Calcutta medical institutions reports 1879-81 [i.e.91]
Year: 1879
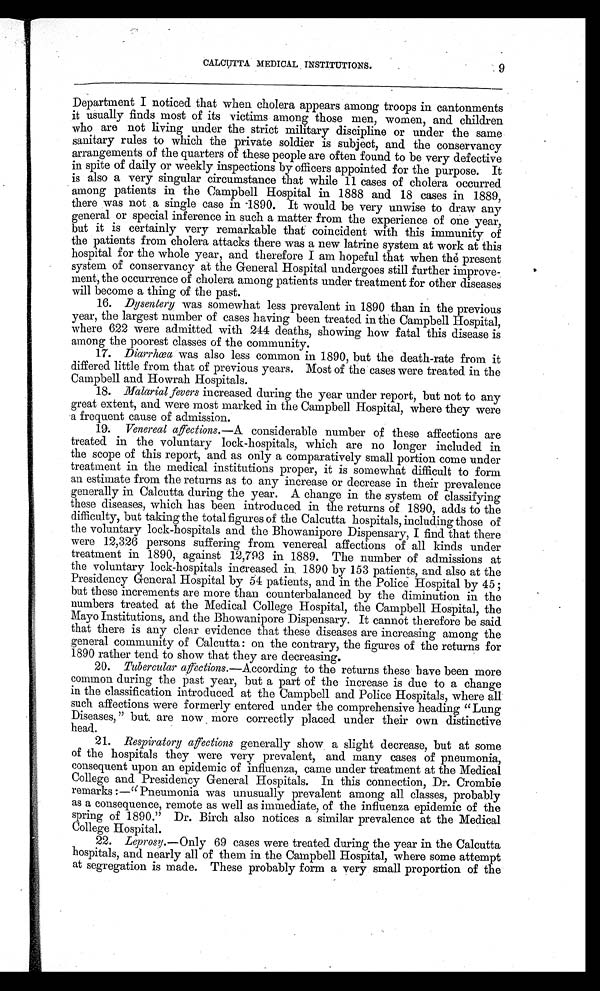
CALCUTTA MEDICAL INSTITUTIONS.
9
Department I noticed that when cholera appears among troops in cantonments
it usually finds most of its victims among those men, women, and children
who are not living under the strict military discipline or under the same
sanitary rules to which the private soldier is subject, and the conservancy
arrangements of the quarters of these people are often found to be very defective
in spite of daily or weekly inspections by officers appointed for the purpose. It
is also a very singular circumstance that while 11 cases of cholera occurred
among patients in the Campbell Hospital in 1888 and 18 cases in 1889,
there was not a single case in 1890. It would be very unwise to draw any
general or special inference in such a matter from the experience of one year,
but it is certainly very remarkable that coincident with this immunity of
the patients from cholera attacks there was a new latrine system at work at this
hospital for the whole year, and therefore I am hopeful that when the present
system of conservancy at the General Hospital undergoes still further improve-
ment, the occurrence of cholera among patients under treatment for other diseases
will become a thing of the past.
16. Dysentery was somewhat less prevalent in 1890 than in the previous
year, the largest number of cases having been treated in the Campbell Hospital,
where 622 were admitted with 244 deaths, showing how fatal this disease is
among the poorest classes of the community.
17.
Diarrhœa was also less common in 1890, but the death-rate from it
differed little from that of previous years. Most of the cases were treated in the
Campbell and Howrah Hospitals.
18. Malarial fevers increased during the year under report, but not to any
great extent, and were most marked in the Campbell Hospital, where they were
a frequent cause of admission.
19. Venereal affections.—A considerable number of these affections are
treated in the voluntary lock-hospitals, which are no longer included in
the scope of this report, and as only a comparatively small portion come under
treatment in the medical institutions proper, it is somewhat difficult to form
an estimate from the returns as to any increase or decrease in their prevalence
generally in Calcutta during the year. A change in the system of classifying
these diseases, which has been introduced in the returns of 1890, adds to the
difficulty, but taking the total figures of the Calcutta hospitals, including those of
the voluntary lock-hospitals and the Bhowanipore Dispensary, I find that there
were 12,326 persons suffering from venereal affections of all kinds under
treatment in 1890, against 12,793 in 1889. The number of admissions at
the voluntary lock-hospitals increased in 1890 by 153 patients, and also at the
Presidency General Hospital by 54 patients, and in the Police Hospital by 45 ;
but these increments are more than counterbalanced by the diminution in the
numbers treated at the Medical College Hospital, the Campbell Hospital, the
Mayo Institutions, and the Bhowanipore Dispensary. It cannot therefore be said
that there is any clear evidence that these diseases are increasing among the
general community of Calcutta : on the contrary, the figures of the returns for
1890 rather tend to show that they are decreasing.
20. Tubercular affections.—According to the returns these have been more
common during the past year, but a part of the increase is due to a change
in the classification introduced at the Campbell and Police Hospitals, where all
such affections were formerly entered under the comprehensive heading "Lung
Diseases, " but are now more correctly placed under their own distinctive
head.
21. Respiratory affections generally show a slight decrease, but at some
of the hospitals they were very prevalent, and many cases of pneumonia,
consequent upon an epidemic of influenza, came under treatment at the Medical
College and Presidency General Hospitals. In this connection, Dr. Crombie
remarks :—"Pneumonia was unusually prevalent among all classes, probably
as a consequence, remote as well as immediate, of the influenza epidemic of the
spring of 1890." Dr. Birch also notices a similar prevalence at the Medical
College Hospital.
22. Leprosy.—Only 69 cases were treated during the year in the Calcutta
hospitals, and nearly all of them in the Campbell Hospital, where some attempt
at segregation is made. These probably form a very small proportion of the